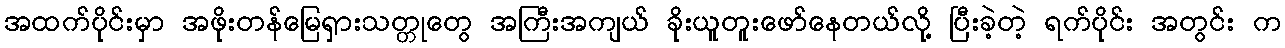
အထက်ပိုင်းမှာ အဖိုးတန်မြေရှားသတ္တုတွေ အကြီးအကျယ် ခိုးယူတူးဖော်နေတယ်လို့ ပြီးခဲ့တဲ့ ရက်ပိုင်း အတွင်း က